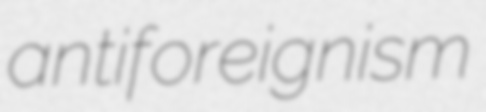
antiforeignism